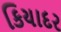
કિયાદર